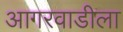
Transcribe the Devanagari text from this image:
आगरवाडीला